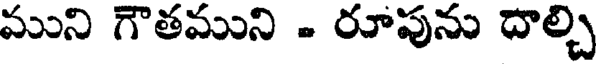
ముని గౌతముని - రూపును దాల్చి